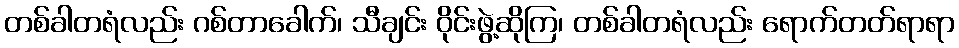
တစ်ခါတရံလည်း ဂစ်တာခေါက်၊ သီချင်း ဝိုင်းဖွဲ့ဆိုကြ၊ တစ်ခါတရံလည်း ရောက်တတ်ရာရာ